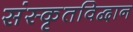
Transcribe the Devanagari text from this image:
संस्कृतविद्वान